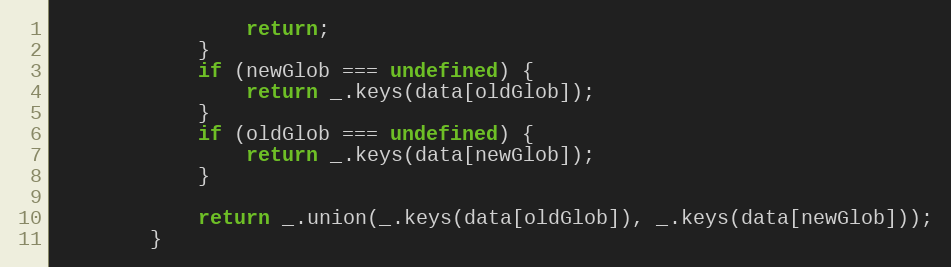
Language: JavaScript
                return;
            }
            if (newGlob === undefined) {
                return _.keys(data[oldGlob]);
            }
            if (oldGlob === undefined) {
                return _.keys(data[newGlob]);
            }

            return _.union(_.keys(data[oldGlob]), _.keys(data[newGlob]));
        }